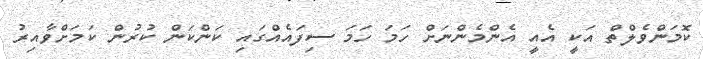
ކޮމަންވެލްތް އަކީ އެއީ އެންމެންނަށް ހަމަ ހަމަ ސިފައެެއްގައި ކަންކަން ކުރުން ކަމަށްވާއިރު